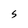
Character: S